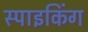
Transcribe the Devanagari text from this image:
स्पाइकिंग